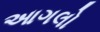
આગલો